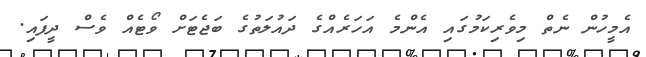
އެމީހުން ނެތް މިވެރިކަމުގައި އެންމެ އަހަރެއްގެ ދައުލަތުގެ ބަޖެޓަށް ވޯޓެއް ވެސް ދީފައި.